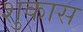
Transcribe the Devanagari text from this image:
शुकास